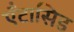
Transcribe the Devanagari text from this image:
ऍंटासिड